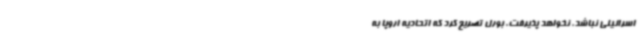
اسرائیلی نباشد، نخواهد پذیرفت. بورل تصریح کرد که اتحادیه اروپا به